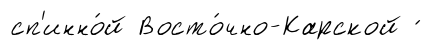
сп'инно́й Восто́чно-Карской ́